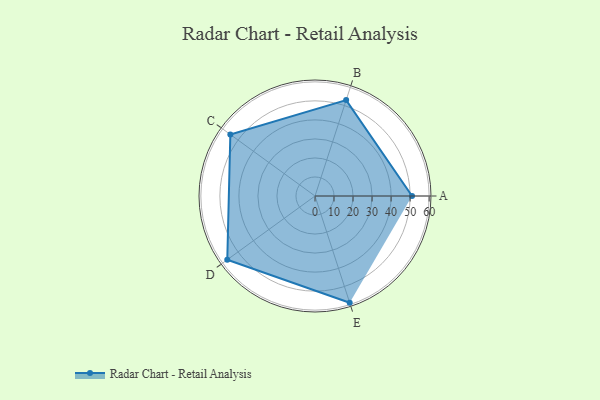
{"axis": {"x": "Skill", "y": "Score"}, "legend": ["Profile"], "data": [{"x": "A", "y": 51.0, "type": "Profile"}, {"x": "B", "y": 53.0, "type": "Profile"}, {"x": "C", "y": 55.0, "type": "Profile"}, {"x": "D", "y": 57.0, "type": "Profile"}, {"x": "E", "y": 59.0, "type": "Profile"}]}